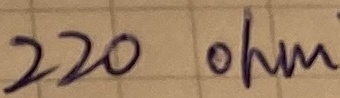
Text: 220 ohm